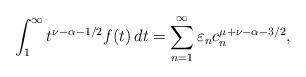
LaTeX: \begin{align*}\int_1^\infty t^{\nu-\alpha-1/2}f(t) \, dt =\sum_{n=1}^\infty \varepsilon_n c_n^{\mu+\nu-\alpha-3/2},\end{align*}